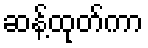
ဆန့်ထုတ်ကာ